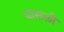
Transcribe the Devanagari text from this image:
घासली